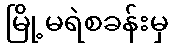
မြို့မရဲစခန်းမှ